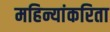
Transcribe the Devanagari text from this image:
महिन्यांकरिता